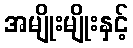
အမျိုးမျိုးနှင့်